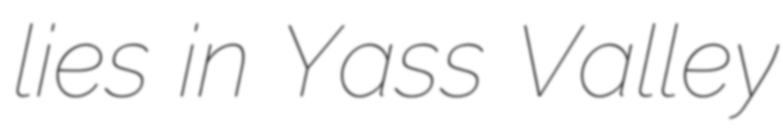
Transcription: lies in Yass Valley